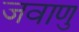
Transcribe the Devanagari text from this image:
जवाणु